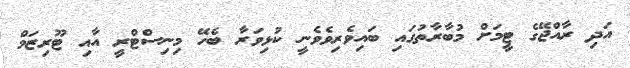
އަދި ރާއްޖޭގެ ޓީމަށް މުބާރާތުގައި ބައިވެރިވެވެނީ ކުޅިވަރާ ބެހޭ މިނިސްޓްރީ އާއި ޓޫރިޒަމް